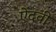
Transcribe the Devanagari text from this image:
ऐंदवी